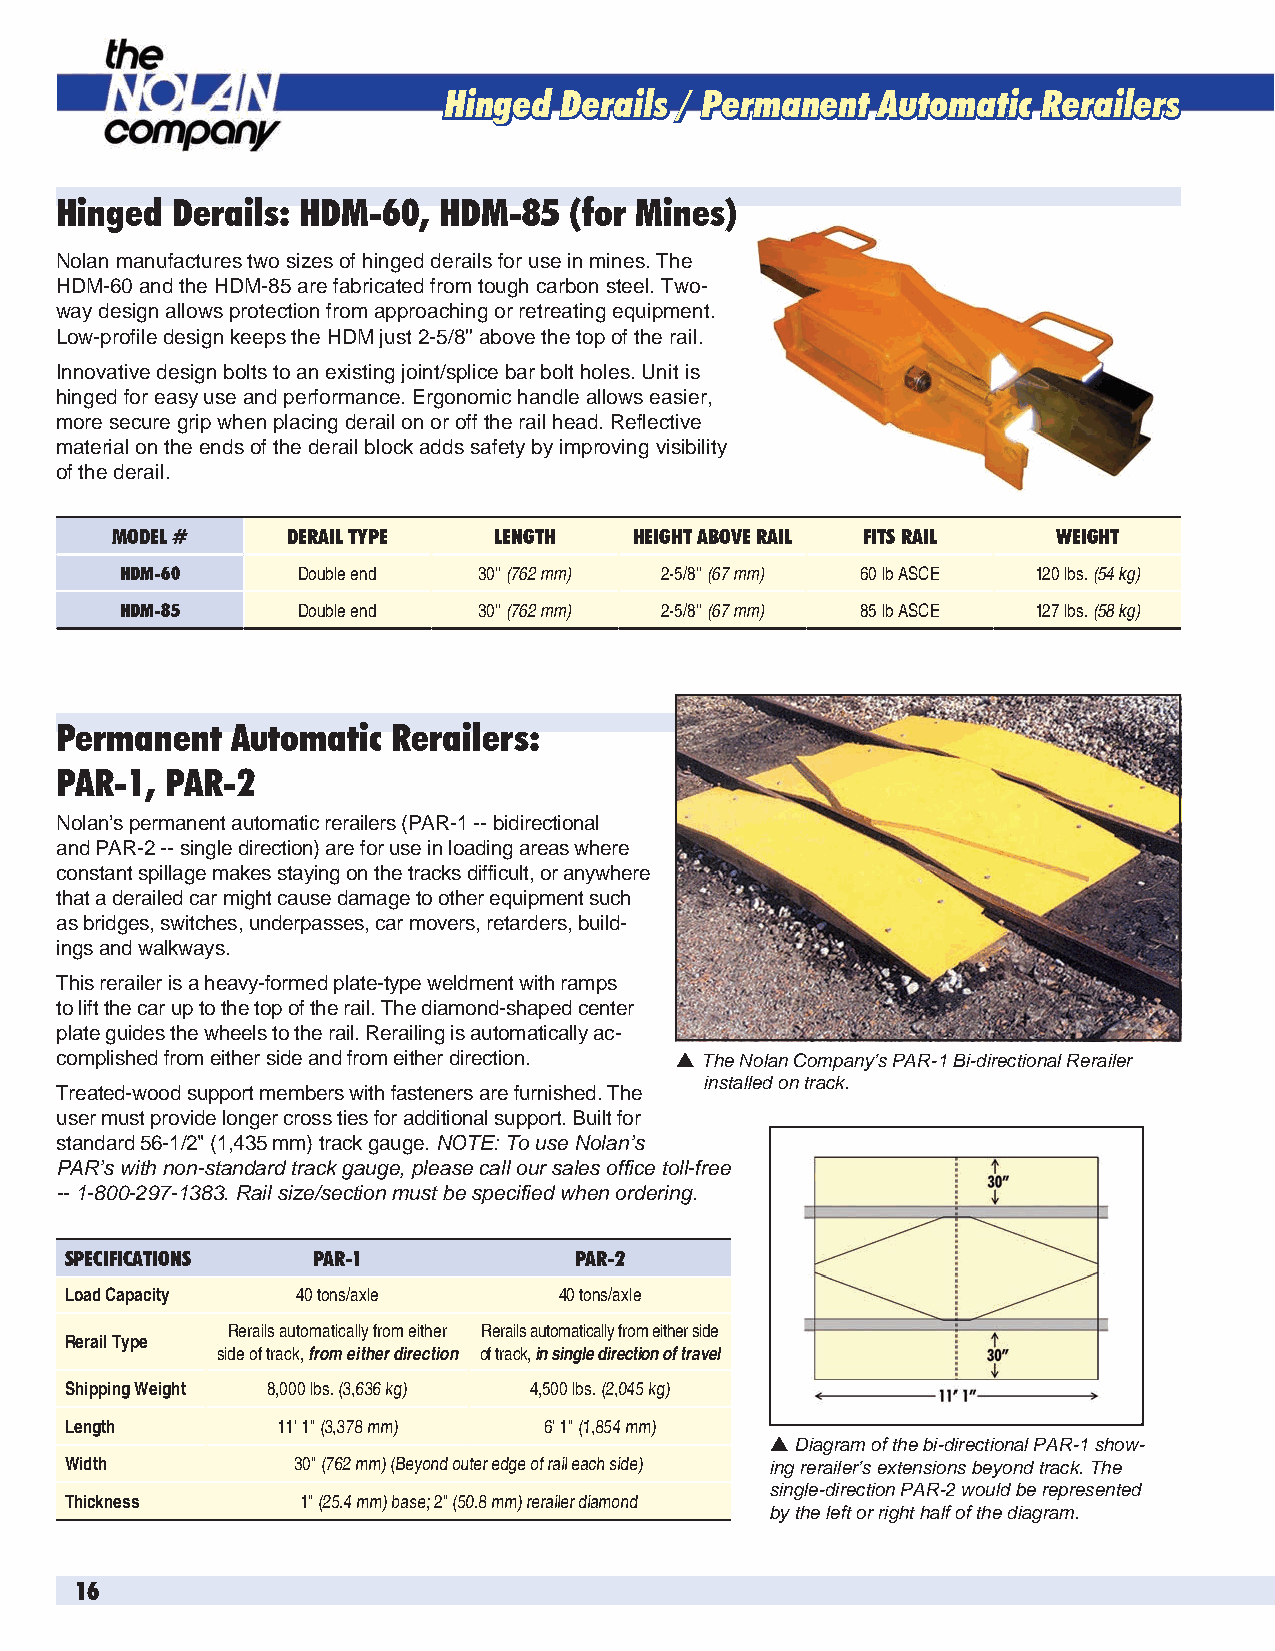
Hinged  Derails / Permanent  Automatic  Rerailers
 Hinged Derails: HDM-60,  HDM-85   (for Mines)
 Nolan manufactures two sizes of hinged derails for use in mines. The
 HDM-60 and the HDM-85 are fabricated from tough carbon steel. Two-
 way design allows protection from approaching or retreating equipment.
 Low-profile design keeps the HDM just 2-5/8'' above the top of the rail.
 Innovative design bolts to an existing joint/splice bar bolt holes. Unit is
 hinged for easy use and performance. Ergonomic handle allows easier,
 more secure grip when placing derail on or off the rail head. Reflective
 material on the ends of the derail block adds safety by improving visibility
 of the derail.
 MODEL #     DERAIL TYPE   LENGTH   HEIGHT ABOVE RAIL FITS RAIL WEIGHT
 HDM-60      Double end  30'' (762 mm) 2-5/8'' (67 mm) 60 lb ASCE 120 lbs. (54 kg)
 HDM-85      Double end  30'' (762 mm) 2-5/8'' (67 mm) 85 lb ASCE 127 lbs. (58 kg)
 Permanent  Automatic  Rerailers:
 PAR-1, PAR-2
 Nolan’s permanent automatic rerailers (PAR-1 -- bidirectional
 and PAR-2 -- single direction) are for use in loading areas where
 constant spillage makes staying on the tracks difficult, or anywhere
 that a derailed car might cause damage to other equipment such
 as bridges, switches, underpasses, car movers, retarders, build-
 ings and walkways.
 This rerailer is a heavy-formed plate-type weldment with ramps
 to lift the car up to the top of the rail. The diamond-shaped center
 plate guides the wheels to the rail. Rerailing is automatically ac-
 complished from either side and from either direction.  The Nolan Company’s PAR-1 Bi-directional Rerailer
 installed on track.
 Treated-wood support members with fasteners are furnished. The
 user must provide longer cross ties for additional support. Built for
 standard 56-1/2" (1,435 mm) track gauge. NOTE: To use Nolan’s
 PAR’s with non-standard track gauge, please call our sales office toll-free
 -- 1-800-297-1383. Rail size/section must be specified when ordering.
 SPECIFICATIONS   PAR-1            PAR-2
 Load Capacity   40 tons/axle     40 tons/axle
 Rerails automatically from either Rerails automatically from either side
 Rerail Type
 side of track, from either direction of track, in single direction of travel
 Shipping Weight 8,000 lbs. (3,636 kg) 4,500 lbs. (2,045 kg)
 Length        11' 1" (3,378 mm) 6' 1" (1,854 mm)
  Diagram of the bi-directional PAR-1 show-
 Width          30" (762 mm) (Beyond outer edge of rail each side) ing rerailer’s extensions beyond track. The
 single-direction PAR-2 would be represented
 Thickness       1" (25.4 mm) base; 2" (50.8 mm) rerailer diamond
 by the left or right half of the diagram.
 16